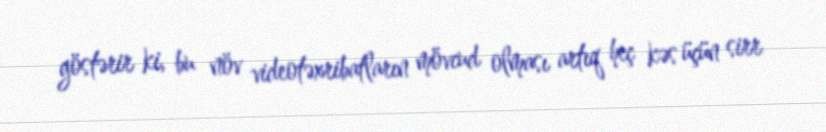
göstərir ki, bu növ videotəxribatların mövcud olması artıq heç kəs üçün sirr